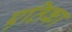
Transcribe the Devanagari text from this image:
एतिका